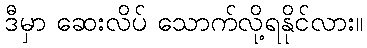
ဒီမှာ ဆေးလိပ် သောက်လို့ရနိုင်လား။